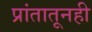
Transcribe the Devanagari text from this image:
प्रांतातूनही